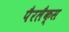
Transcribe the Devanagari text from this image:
पैरलैक्स